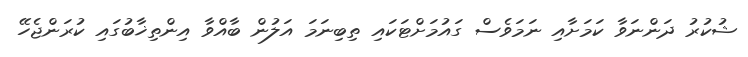
ޝުކުރު ދަންނަވާ ކަމަށާއި ނަމަވެސް ގައުމަށްޓަކައި ތިބިނަމަ އަލުން ބާއްވާ އިންތިޚާބުގައި ކުރަންޖެހޭ